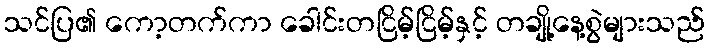
သင်ပြ၏ ကော့တက်ကာ ခေါင်းတငြိမ့်ငြိမ့်နှင့် တချို့နေ့စွဲများသည်